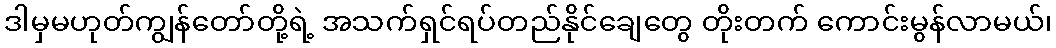
ဒါမှမဟုတ်ကျွန်တော်တို့ရဲ့ အသက်ရှင်ရပ်တည်နိုင်ချေတွေ တိုးတက် ကောင်းမွန်လာမယ်၊